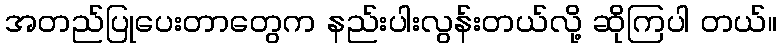
အတည်ပြုပေးတာတွေက နည်းပါးလွန်းတယ်လို့ ဆိုကြပါ တယ်။